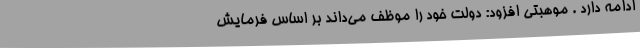
ادامه دارد . موهبتی افزود: دولت خود را موظف می‌داند بر اساس فرمایش